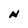
Character: N